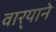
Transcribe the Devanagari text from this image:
वार्‍याने